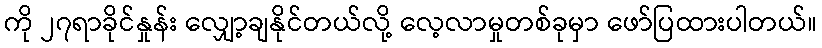
ကို ၂၇ရာခိုင်နှုန်း လျှော့ချနိုင်တယ်လို့ လေ့လာမှုတစ်ခုမှာ ဖော်ပြထားပါတယ်။